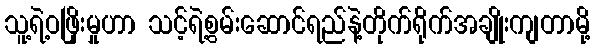
သူ့ရဲ့ဝဖြိုးမှုဟာ သင့်ရဲ့စွမ်းဆောင်ရည်နဲ့တိုက်ရိုက်အချိုးကျတာမို့